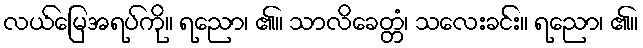
လယ်မြေအရပ်ကို။ ရညော၊ ၏။ သာလိခေတ္တံ၊ သလေးခင်း။ ရညော၊ ၏။